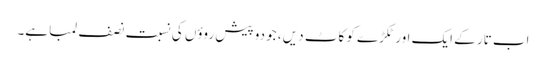
اب تار کے ایک اور ٹکڑے کو کاٹ دیں ، جو دو پیش روؤں کی نسبت نصف لمبا ہے۔